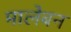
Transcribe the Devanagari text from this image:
मालेबन